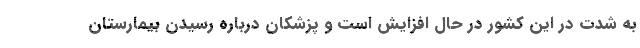
به شدت در این کشور در حال افزایش است و پزشکان درباره رسیدن بیمارستان